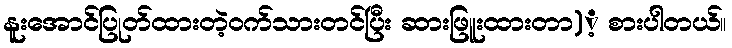
နူးအောင်ပြုတ်ထားတဲ့ဝက်သားတင်ပြီး ဆားဖြူးထားတာ)့ စားပါတယ်။